Vaccination in Bombay 1863-1868 - 1863-1868
Year: 1863
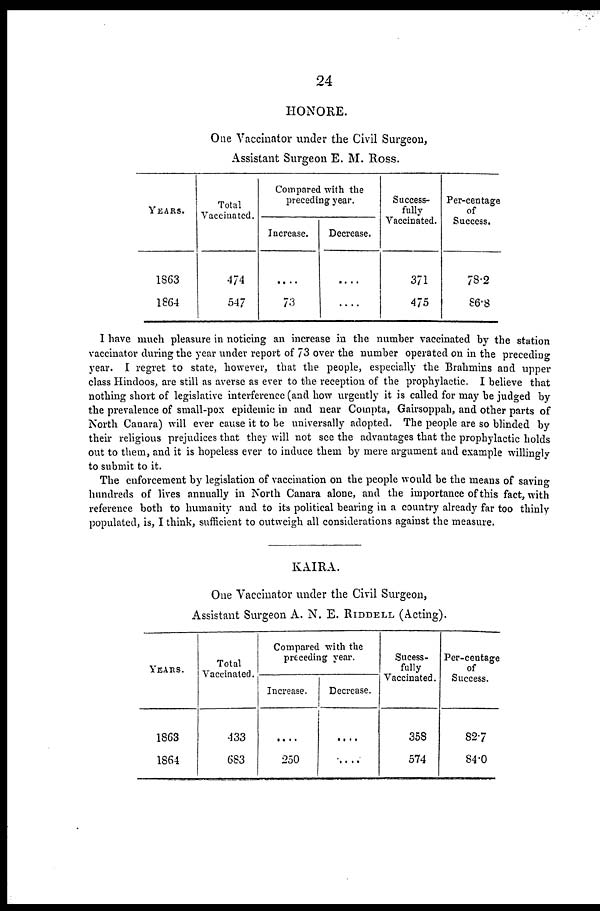
24
HONORE.
One Vaccinator under the Civil Surgeon,
Assistant Surgeon E. M. Ross.
YEARS.
1863
1864
Total
Vaccinated.
474
547
Compared with the
preceding year.
Increase.
....
73
Decrease.
....
....
Success-
fully
Vaccinated.
371
475
Per-centage
of
Success.
78.2
86.8
I have much pleasure in noticing an increase in the number vaccinated by the station
vaccinator during the year under report of 73 over the number operated on in the preceding
year. I regret to state, however, that the people, especially the Brahmins and upper
class Hindoos, are still as averse as ever to the reception of the prophylactic. I believe that
nothing short of legislative interference (and how urgently it is called for may be judged by
the prevalence of small-pox epidemic in and near Compta, Gairsoppah, and other parts of
North Canara) will ever cause it to be universally adopted. The people are so blinded by
their religious prejudices that they will not see the advantages that the prophylactic holds
out to them, and it is hopeless ever to induce them by mere argument and example willingly
to submit to it.
The enforcement by legislation of vaccination on the people would be the means of saving
hundreds of lives annually in North Canara alone, and the importance of this fact, with
reference both to humanity and to its political bearing in a country already far too thinly
populated, is, I think, sufficient to outweigh all considerations against the measure.
KAIRA.
One Vaccinator under the Civil Surgeon,
Assistant Surgeon A. N. E. RIDDELL (Acting).
YEARS.
1863
1864
Total
Vaccinated.
433
683
Compared with the
preceding year.
Increase.
....
250
Decrease.
....
....
Sucess¬
fully
Vaccinated.
358
574
Per-centage
of
Success.
82.7
84.0